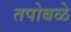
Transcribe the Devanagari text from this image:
तपोबळे